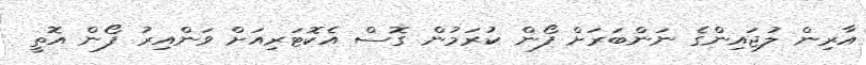
އާރިން ލުޖައިންގެ ނަންބަރަށް ފޯން ކުރަމުން ގޮސް އެކޮޓަރިއަށް ވަންއިރު ފޯން އޮތީ